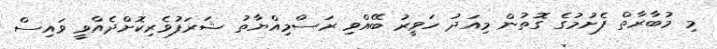
މި މުބާރާތް ފެށުމުގެ ގޮތުން މިއަދު ހަވީރު ބޭއްވި ރަސްމިއްޔާތު ޝަރަފުވެރިކޮށްދެއްވީ ވައިސް